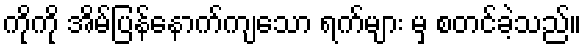
ကိုကို အိမ်ပြန်နောက်ကျသော ရက်များ မှ စတင်ခဲ့သည်။